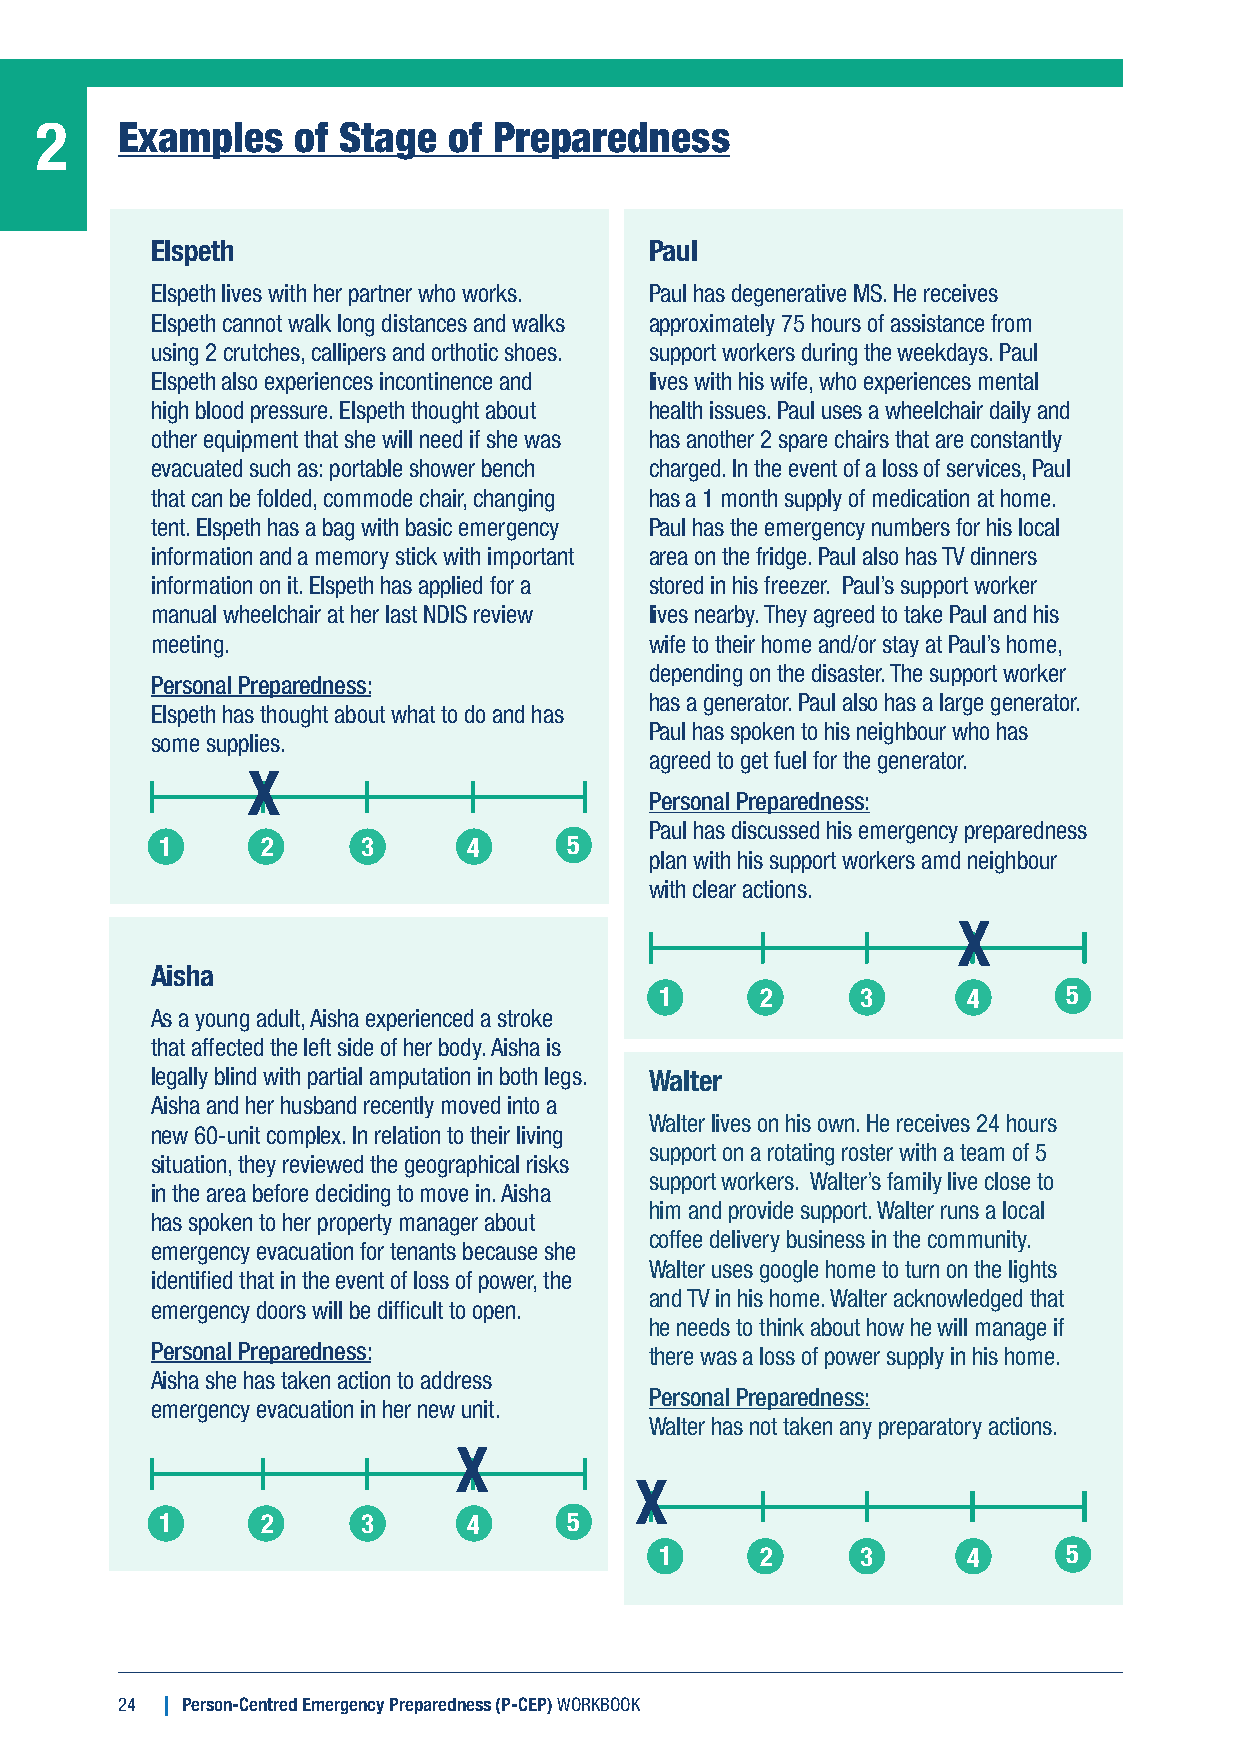
2     Examples    of Stage  of Preparedness
 Elspeth                          Paul
 Elspeth lives with her partner who works. Paul has degenerative MS. He receives
 Elspeth cannot walk long distances and walks approximately 75 hours of assistance from
 using 2 crutches, callipers and orthotic shoes. support workers during the weekdays. Paul
 Elspeth also experiences incontinence and lives with his wife, who experiences mental
 high blood pressure. Elspeth thought about health issues. Paul uses a wheelchair daily and
 other equipment that she will need if she was has another 2 spare chairs that are constantly
 evacuated such as: portable shower bench charged. In the event of a loss of services, Paul
 that can be folded, commode chair, changing has a 1 month supply of medication at home.
 tent. Elspeth has a bag with basic emergency Paul has the emergency numbers for his local
 information and a memory stick with important area on the fridge. Paul also has TV dinners
 information on it. Elspeth has applied for a stored in his freezer. Paul’s support worker
 manual wheelchair at her last NDIS review lives nearby. They agreed to take Paul and his
 meeting.                         wife to their home and/or stay at Paul’s home,
 depending on the disaster. The support worker
 Personal Preparedness:
 has a generator. Paul also has a large generator.
 Elspeth has thought about what to do and has
 Paul has spoken to his neighbour who has
 some supplies.
 agreed to get fuel for the generator.
 X
 Personal Preparedness:
 Paul has discussed his emergency preparedness
 1     2      3      4      5
 plan with his support workers amd neighbour
 with clear actions.
 X
 Aisha
 1     2      3      4      5
 As a young adult, Aisha experienced a stroke
 that affected the left side of her body. Aisha is
 legally blind with partial amputation in both legs. Walter
 Aisha and her husband recently moved into a
 Walter lives on his own. He receives 24 hours
 new 60-unit complex. In relation to their living
 support on a rotating roster with a team of 5
 situation, they reviewed the geographical risks
 support workers. Walter’s family live close to
 in the area before deciding to move in. Aisha
 him and provide support. Walter runs a local
 has spoken to her property manager about
 coffee delivery business in the community.
 emergency evacuation for tenants because she
 Walter uses google home to turn on the lights
 identified that in the event of loss of power, the
 and TV in his home. Walter acknowledged that
 emergency doors will be difficult to open.
 he needs to think about how he will manage if
 Personal Preparedness:           there was a loss of power supply in his home.
 Aisha she has taken action to address
 Personal Preparedness:
 emergency evacuation in her new unit.
 Walter has not taken any preparatory actions.
 X
 X
 1     2      3      4      5
 1     2      3      4      5
 24  Person-Centred Emergency Preparedness (P-CEP) WORKBOOK